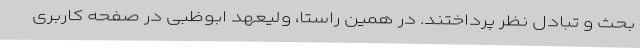
بحث و تبادل نظر پرداختند. در همین راستا، ولیعهد ابوظبی در صفحه کاربری